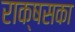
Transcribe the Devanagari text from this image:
राक्षसका